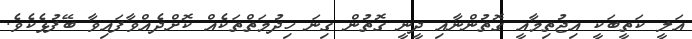
އަލީ ކަތީބަކީ އިޖުތިމާއީ ގޮތުންނާއި ދީނީ ގޮތުން ގިނަ ހިދުމަތްތަކެއް ކޮށްދެއްވާފައިވާ ބޭފުޅެކެވެ.